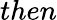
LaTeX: then